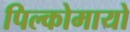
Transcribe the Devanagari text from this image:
पिल्कोमायो